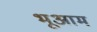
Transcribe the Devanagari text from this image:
भूआम